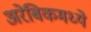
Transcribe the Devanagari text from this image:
अरेबिकमध्ये